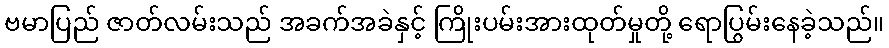
ဗမာပြည် ဇာတ်လမ်းသည် အခက်အခဲနှင့် ကြိုးပမ်းအားထုတ်မှုတို့ ရောပြွမ်းနေခဲ့သည်။